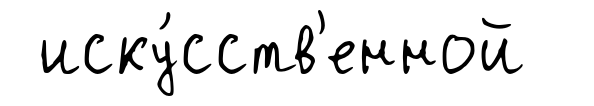
иску́сств'енной